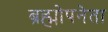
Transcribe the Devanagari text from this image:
ब्रह्मोपनेता